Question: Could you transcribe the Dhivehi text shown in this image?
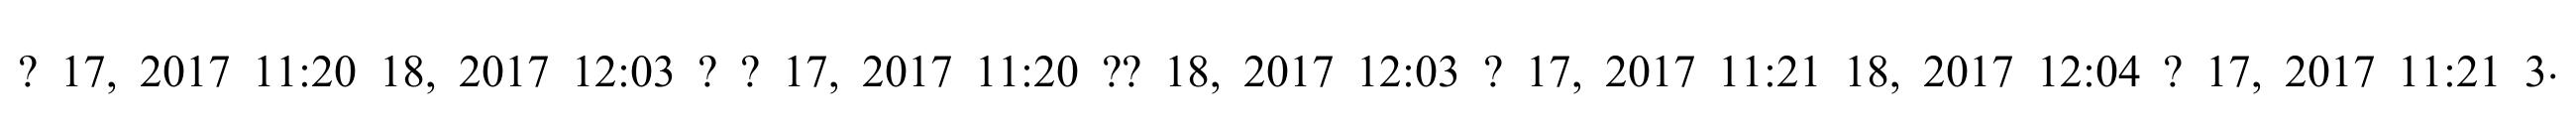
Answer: ? 17, 2017 11:20 18, 2017 12:03 ? ? 17, 2017 11:20 ?? 18, 2017 12:03 ? 17, 2017 11:21 18, 2017 12:04 ? 17, 2017 11:21 3.